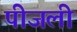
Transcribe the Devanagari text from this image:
पीजली